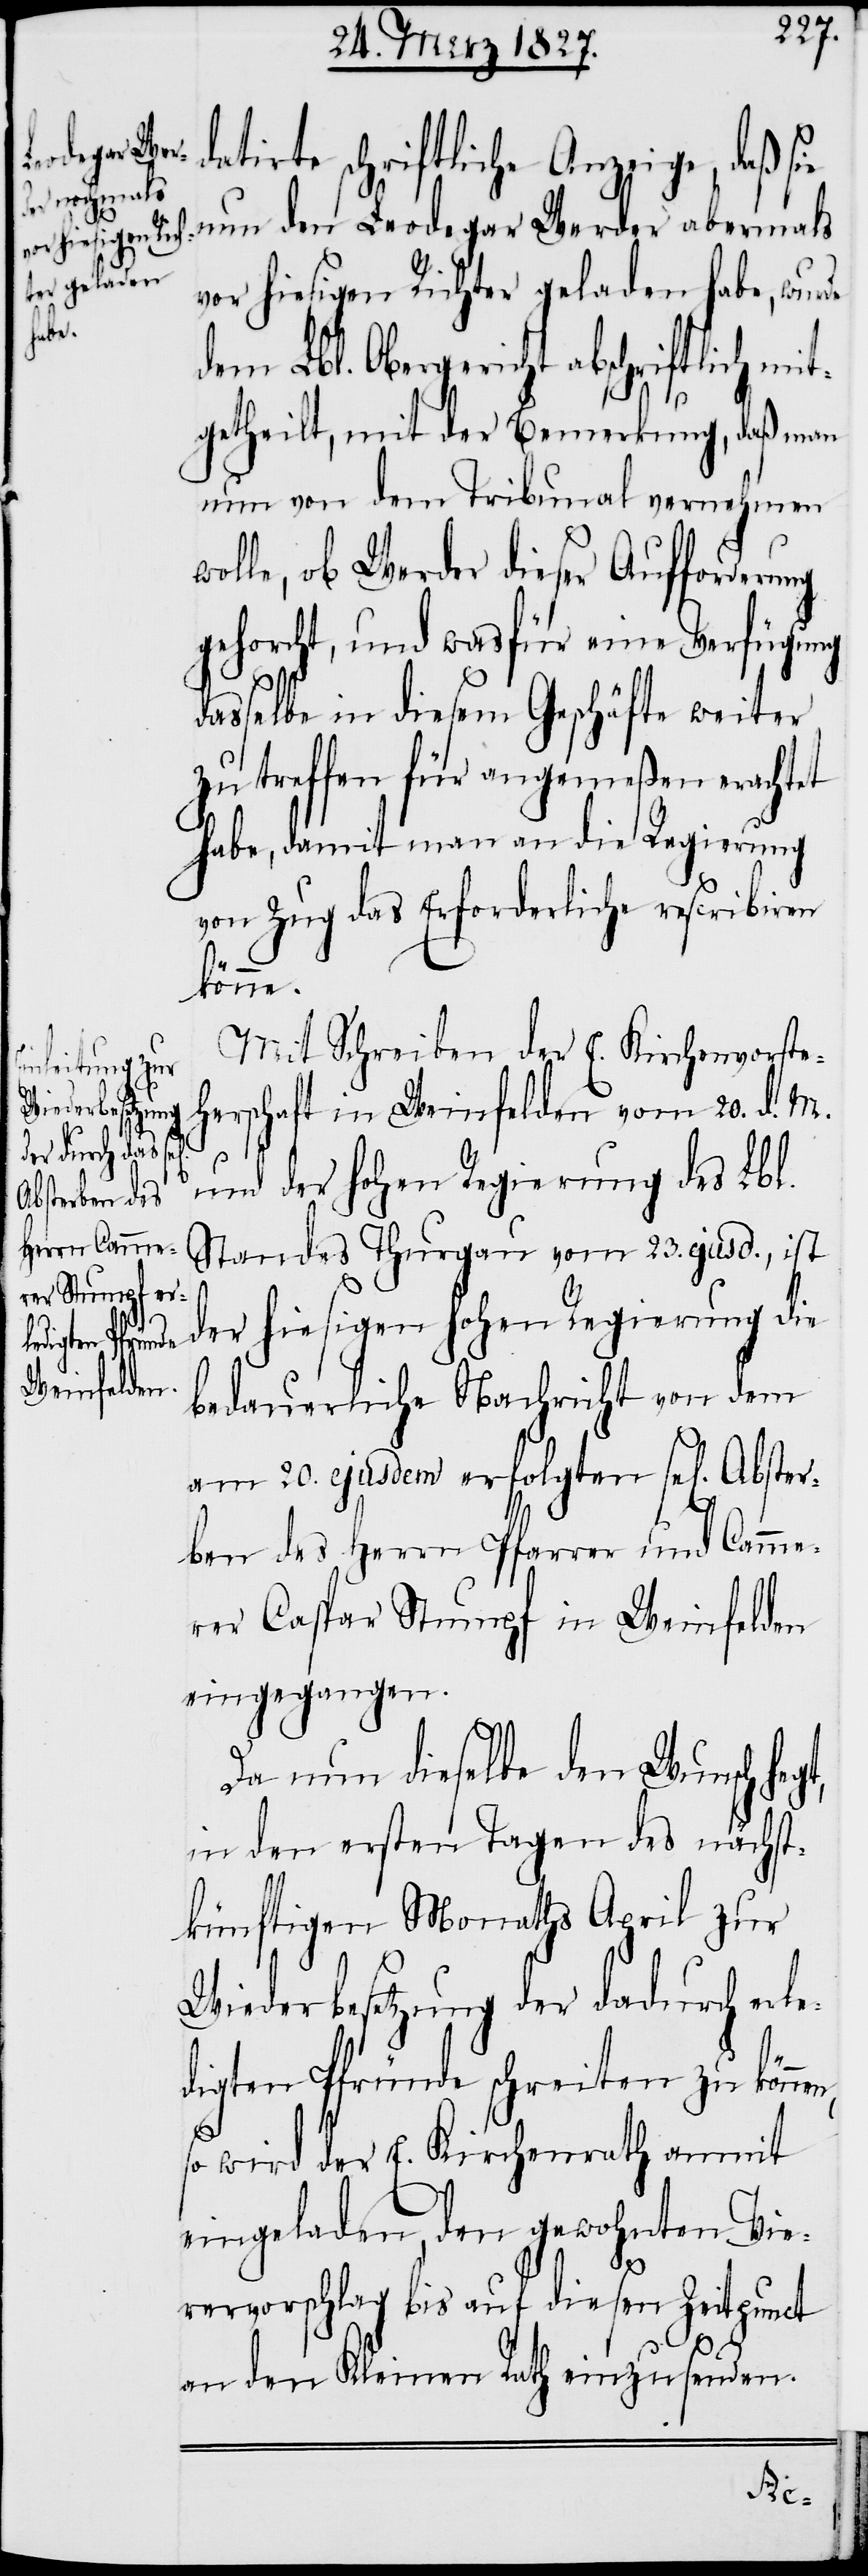
da¬

tirte, schriftliche Anzeige, daß sie
nun den Leodegar Werder abermals
vor hiesigen Richter geladen habe, wurde
dem Lbl. Obergericht abschriftlich mi¬
tgetheilt, mit der Bemerkung, daß man
nun von dem Tribunal vernehmen
wolle, ob Werder dieser Aufforderung
gehorcht, und was für eine Verfügung
asselbe in diesem Geschäfte weiter
zu treffen für angemeßen erachtet
habe, damit man an die Regierung
von Zug das Erforderliche rescribiren
könne.
Mit Schreiben der E. Kirchenvorste¬
herschaft in Weinfelden vom 20. d. M.
und der hohen Regierung des Lbl.
Standes Thurgau vom 23. ejusd., ist
der hiesigen hohen Regierung die
bedauerliche Nachricht von dem
am 20. ejusdem erfolgten sel[igen]
ben des Herrn Pfarrer und Camme¬
rer Caspar Stumpf in Weinfelden
eingegangen.
Da nun dieselbe den Wunsch hegt,
in den ersten Tagen des nächst¬
künftigen Monaths April zur
Wiederbesetzung der dadurch erle¬
digten Pfründe schreiten zu könn¬
en,
so wird der E. Kirchenrath anmit
eingeladen, den gewohnten Vie¬
d¬
rervorschlag bis auf diesen Zeitpunct
an den Kleinen Rath einzusenden.
Abster¬